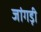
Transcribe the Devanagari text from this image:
जांगड़ी